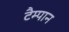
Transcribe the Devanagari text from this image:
टैम्पान